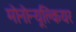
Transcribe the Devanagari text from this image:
मोनोन्यूक्लियर